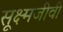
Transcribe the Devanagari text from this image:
सूक्ष्‍मजीवी